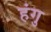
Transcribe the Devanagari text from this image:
हंगु